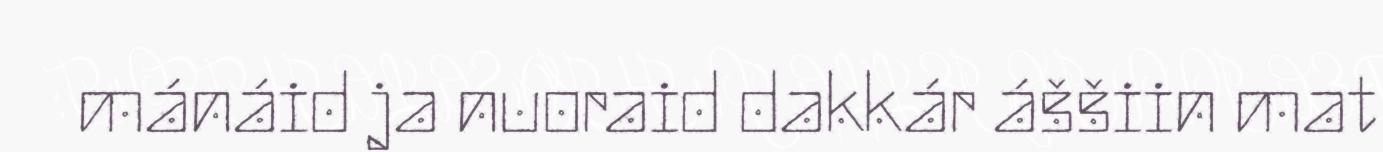
mánáid ja nuoraid dakkár áššiin mat